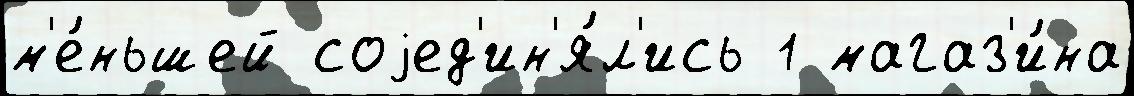
м'е́ньшей соjед'ин'я́л'ись 1 магаз'и́на